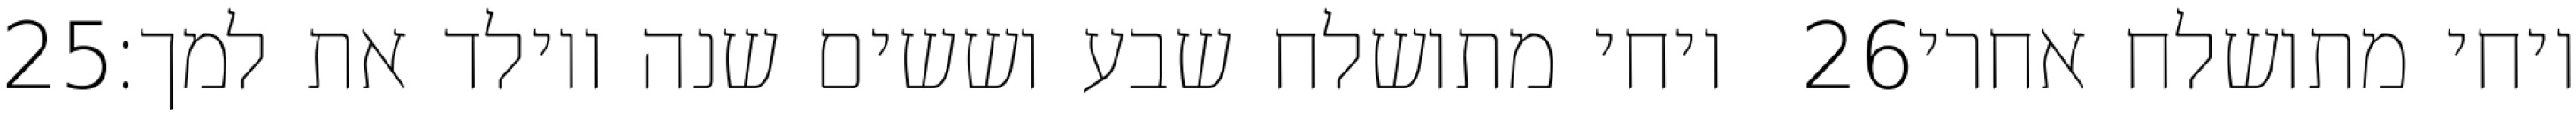
‎25‏ ויחי מתושלח שבע וששים שנה ויולד את למך׃ ‎26‏ ויחי מתושלח אחרי